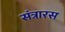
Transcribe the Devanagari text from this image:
संत्रारस